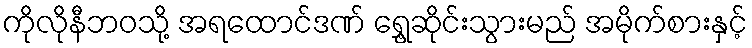
ကိုလိုနီဘဝသို့ အရထောင်ဒဏ် ရွှေ့ဆိုင်းသွားမည် အမိုက်စားနှင့်